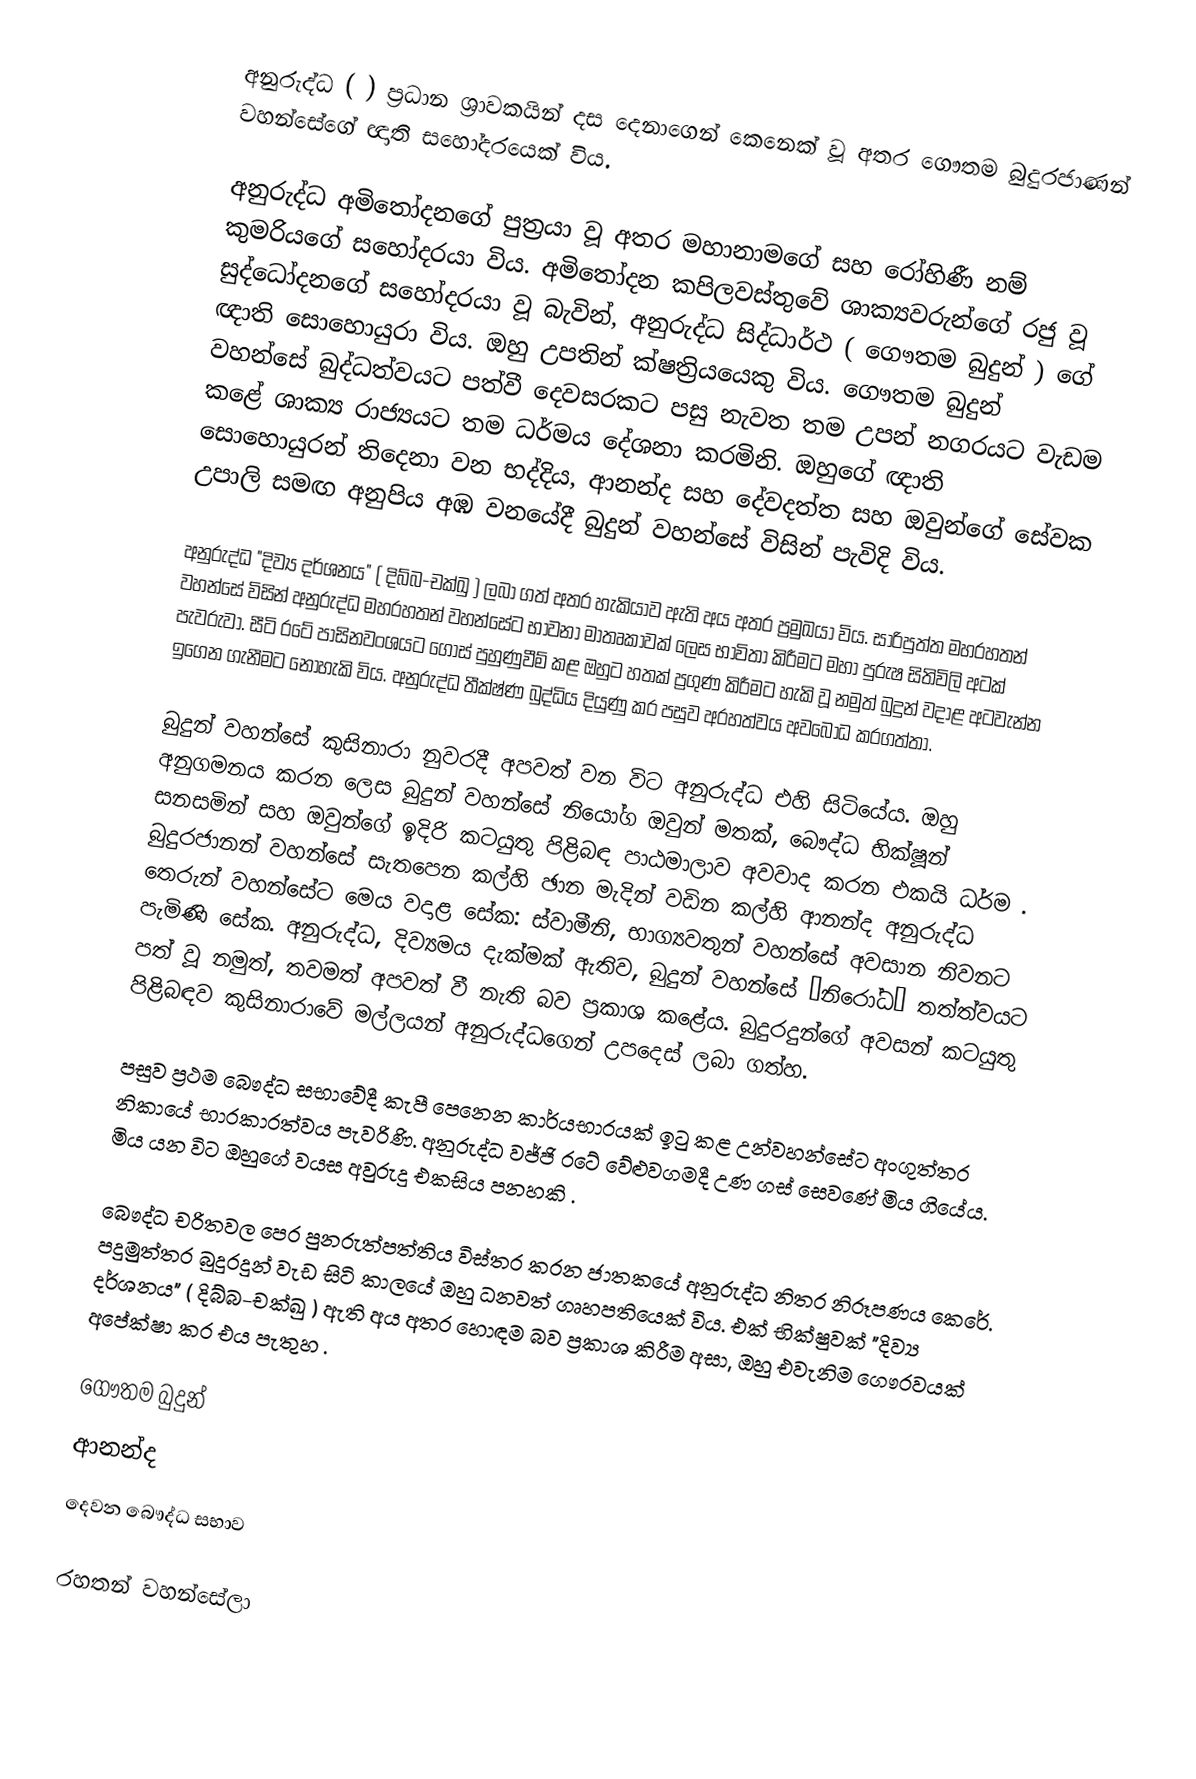
අනුරුද්ධ (    ) ප්‍රධාන ශ්‍රාවකයින් දස දෙනාගෙන් කෙනෙක් වූ අතර ගෞතම බුදුරජාණන් වහන්සේගේ ඥාති සහෝදරයෙක් විය.

අනුරුද්ධ අමිතෝදනගේ පුත්‍රයා වූ අතර මහානාමගේ සහ  රෝහිණී නම් කුමරියගේ සහෝදරයා විය. අමිතෝදන කපිලවස්තුවේ ශාක්‍යවරුන්ගේ රජු වූ සුද්ධෝදනගේ සහෝදරයා වූ බැවින්, අනුරුද්ධ සිද්ධාර්ථ ( ගෞතම බුදුන් ) ගේ ඥාති සොහොයුරා විය. ඔහු උපතින් ක්ෂත්‍රියයෙකු   විය. ගෞතම බුදුන් වහන්සේ බුද්ධත්වයට පත්වී දෙවසරකට පසු නැවත තම උපන් නගරයට වැඩම කළේ ශාක්‍ය රාජ්‍යයට තම ධර්මය  දේශනා කරමිනි. ඔහුගේ ඥාති සොහොයුරන් තිදෙනා වන භද්දිය, ආනන්ද සහ දේවදත්ත සහ ඔවුන්ගේ සේවක උපාලි සමඟ අනුපිය අඹ වනයේදී බුදුන් වහන්සේ විසින් පැවිදි විය.

අනුරුද්ධ "දිව්‍ය දර්ශනය" ( දිබ්බ-චක්ඛු ) ලබා ගත් අතර හැකියාව ඇති අය අතර ප්‍රමුඛයා විය. සාරිපුත්ත මහරහතන් වහන්සේ විසින් අනුරුද්ධ මහරහතන් වහන්සේට භාවනා මාතෘකාවක් ලෙස භාවිතා කිරීමට මහා පුරුෂ සිතිවිලි අටක් පැවරුවා. සීටි රටේ පාසිනවංශයට ගොස් පුහුණුවීම් කළ ඔහුට හතක් ප්‍රගුණ කිරීමට හැකි වූ නමුත් බුදුන් වදාළ අටවැන්න ඉගෙන ගැනීමට නොහැකි විය. අනුරුද්ධ තීක්ෂ්ණ බුද්ධිය දියුණු කර පසුව අරහත්වය අවබෝධ කරගත්තා.

බුදුන් වහන්සේ කුසිනාරා නුවරදී අපවත් වන විට අනුරුද්ධ එහි සිටියේය. ඔහු අනුගමනය කරන ලෙස බුදුන් වහන්සේ නියෝග ඔවුන් මතක්, බෞද්ධ භික්ෂූන් සනසමින් සහ ඔවුන්ගේ ඉදිරි කටයුතු පිළිබඳ පාඨමාලාව අවවාද කරන එකයි ධර්ම . බුදුරජානන් වහන්සේ සැතපෙන කල්හි ඡාන මැදින් වඩින කල්හි ආනන්ද අනුරුද්ධ තෙරුන් වහන්සේට මෙය වදාළ සේක: ස්වාමීනි, භාග්‍යවතුන් වහන්සේ අවසාන නිවනට පැමිණි සේක. අනුරුද්ධ, දිව්‍යමය දැක්මක් ඇතිව, බුදුන් වහන්සේ “නිරෝධ” තත්ත්වයට පත් වූ නමුත්, තවමත් අපවත් වී නැති බව ප්‍රකාශ කළේය. බුදුරදුන්ගේ අවසන් කටයුතු පිළිබඳව කුසිනාරාවේ මල්ලයන් අනුරුද්ධගෙන් උපදෙස් ලබා ගත්හ.

පසුව ප්‍රථම බෞද්ධ සභාවේදී කැපී පෙනෙන කාර්යභාරයක් ඉටු කළ උන්වහන්සේට අංගුත්තර නිකායේ භාරකාරත්වය පැවරිණි. අනුරුද්ධ වජ්ජි රටේ වේළුවගමදී උණ ගස් සෙවණේ මිය ගියේය. මිය යන විට ඔහුගේ වයස අවුරුදු එකසිය පනහකි .

බෞද්ධ චරිතවල පෙර පුනරුත්පත්තිය විස්තර කරන ජාතකයේ අනුරුද්ධ නිතර නිරූපණය කෙරේ. පදුමුත්තර බුදුරදුන් වැඩ සිටි කාලයේ ඔහු ධනවත් ගෘහපතියෙක් විය. එක් භික්ෂුවක්  "දිව්‍ය දර්ශනය" ( දිබ්බ-චක්ඛු ) ඇති අය අතර හොඳම බව ප්‍රකාශ කිරීම අසා, ඔහු එවැනිම ගෞරවයක් අපේක්ෂා කර එය පැතුහ .

 ගෞතම බුදුන්
 ආනන්ද
 දෙවන බෞද්ධ සභාව

රහතන් වහන්සේලා